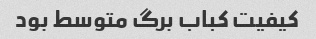
کیفیت کباب برگ متوسط بود